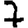
Digit: 7